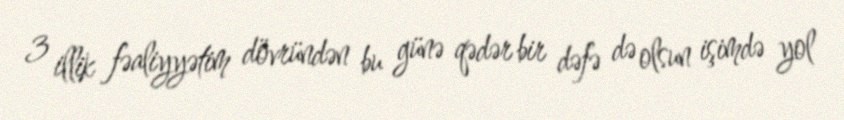
3 illik fəaliyyətim dövründən bu günə qədər bir dəfə də olsun işimdə yol